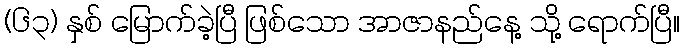
(၆၃) နှစ် မြောက်ခဲ့ပြီ ဖြစ်သော အာဇာနည်နေ့ သို့ ရောက်ပြီ။